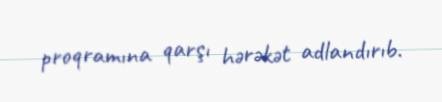
proqramına qarşı hərəkət adlandırıb.